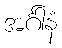
အင်္ဂါနံ